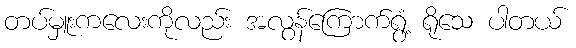
တပ်မှူးကလေးကိုလည်း အလွန်ကြောက်ရွံ့ ရိုသေ ပါတယ်